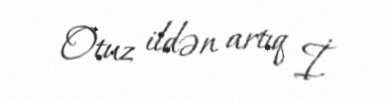
Otuz ildən artıq İ.